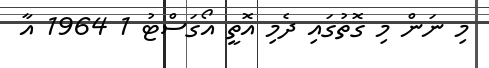
މި ނަން މި ގޮތުގައި ދެމި އޮތީ އޯގަސްޓު 1 1964 އާ